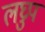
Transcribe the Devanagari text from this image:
लघ्रुप